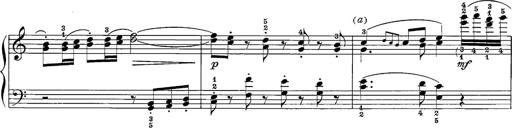
Title: 12 Sonatine per Pianoforte
Composer: Friedrich Kuhlau